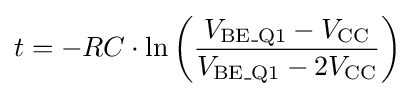
t=-RC\cdot \ln \left({\frac {V_{{\text{BE}}\_{\text{Q1}}}-V_{\text{CC}}}{V_{{\text{BE}}\_{\text{Q1}}}-2V_{\text{CC}}}}\right)